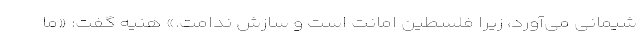
شیمانی می‌آورد، زیرا فلسطین امانت است و سازش ندامت.» هنیه گفت: «ما